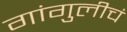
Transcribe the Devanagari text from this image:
गांगुलीचं